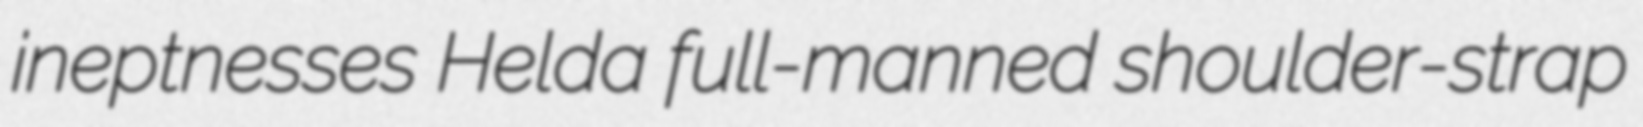
ineptnesses Helda full-manned shoulder-strap